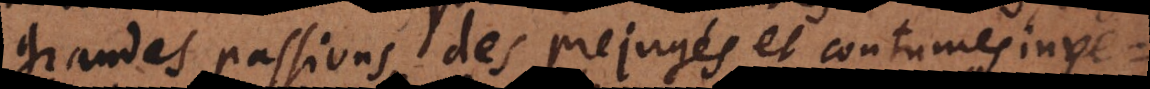
grandes passions, des prejugés et coutumes inve